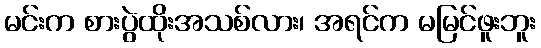
မင်းက စားပွဲထိုးအသစ်လား၊ အရင်က မမြင်ဖူးဘူး